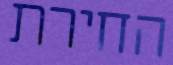
החירת